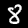
Digit: 8